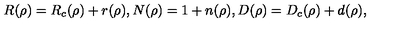
R ( \rho ) = R _ { c } ( \rho ) + r ( \rho ) , N ( \rho ) = 1 + n ( \rho ) , D ( \rho ) = D _ { c } ( \rho ) + d ( \rho ) ,